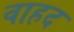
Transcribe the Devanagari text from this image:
वाहद